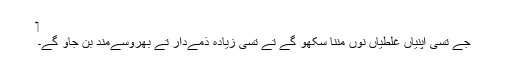
‏
جے تُسی اپنیاں غلطیاں نوں مننا سکھو گے تے تُسی زیادہ ذمےدار تے بھروسےمند بن جاؤ گے۔